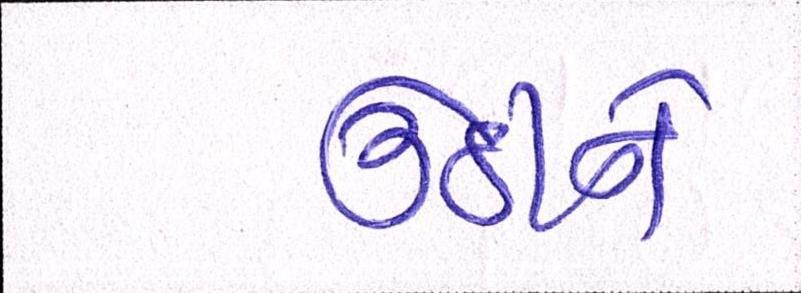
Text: ઉઠીને